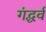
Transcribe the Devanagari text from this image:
गंद्धर्व